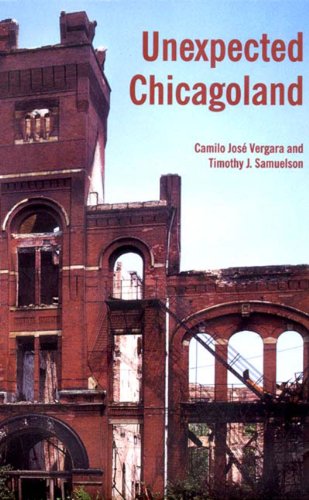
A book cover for Unexpected Chicagoland; Camilo Jose Vergara; Travel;